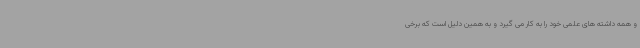
و همه داشته های علمی خود را به کار می گیرد و به همین دلیل است که برخی